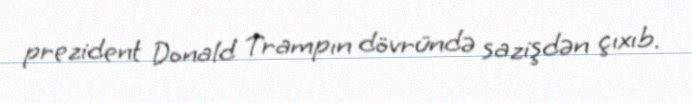
prezident Donald Trampın dövründə sazişdən çıxıb.